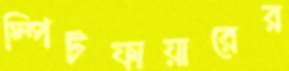
স্পিটফায়ারের